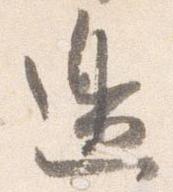
辺